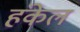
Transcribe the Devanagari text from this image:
हंकेल